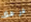
درعك